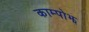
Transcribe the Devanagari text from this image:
काम्पोझ